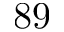
8 9